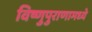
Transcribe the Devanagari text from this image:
विष्णुपुराणामध्ये